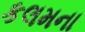
કલમના